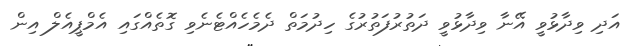
އަދި ވިދާޅުވީ އޭނާ ވިދާޅުވީ ދަތުރުފަތުރުގެ ހިދުމަތް ދެމެހެއްޓެނެވި ގޮތެއްގައި އެމްޕީއެލް އިން